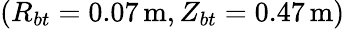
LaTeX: (R_{bt}=0.07\, \mathrm{m},Z_{bt}=0.47\, \mathrm{m})